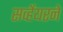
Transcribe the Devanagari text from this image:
सर्व्हेयरने